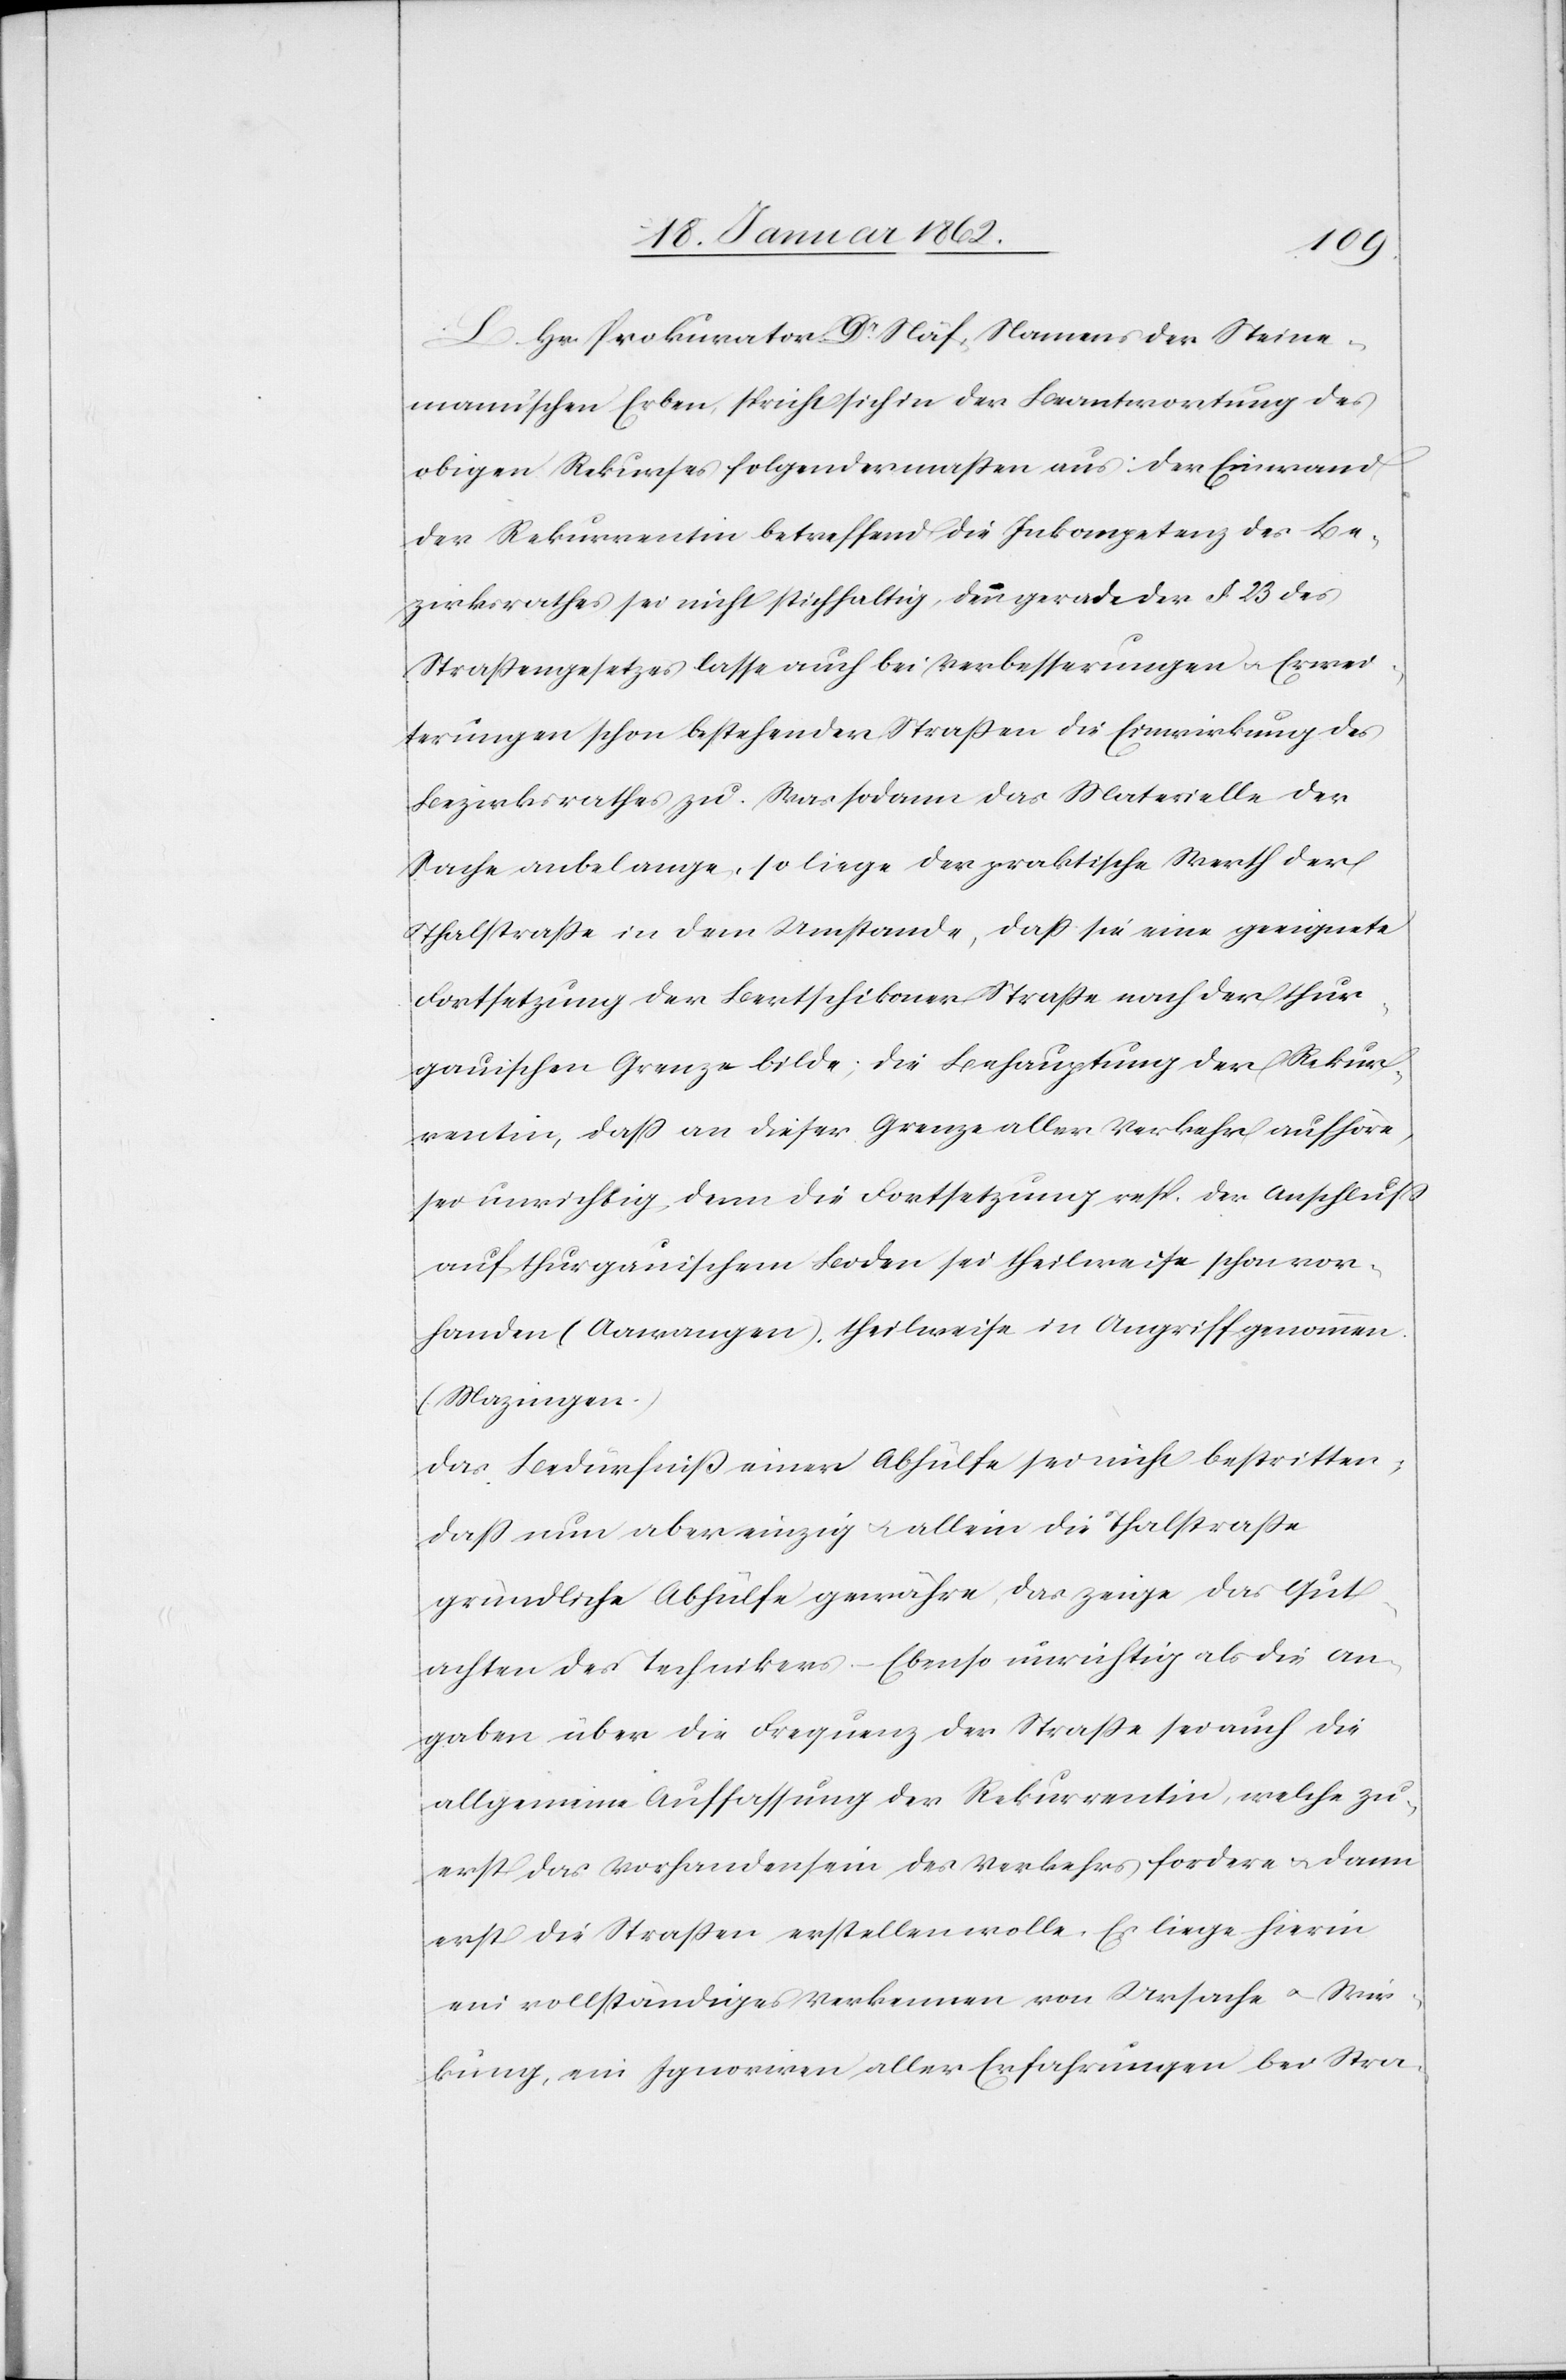
L. Hr. Prokurator Dr. Näf, Namens der Steine¬
mann’schen Erben, spricht sich in der Beantwortung des
obigen Rekurses folgendermaßen aus: Der Einwand
der Rekurrentin betreffend die Inkompetenz des Be¬
zirksrathes sei nicht stichhaltig, denn gerade der § 23 des
Straßengesetzes lasse auch bei Verbesserungen u. Erwei¬
terungen schon bestehender Straßen die Einwirkung des
Bezirksrathes zu. Was sodann das Materielle der
Sache anbelange, so liege der praktische Werth der
Thalstraße in dem Umstande, daß sie eine geeignete
Fortsetzung der Bertschikoner Straße nach der thur¬
gauischen Grenze bilde; die Behauptung der Rekur¬
rentin, daß an dieser Grenze aller Verkehr aufhöre,
sei unrichtig, denn die Fortsetzung resp. Anschluß
auf thurgauischem Boden sei theilweise schon vor¬
handen (Aawangen), theilweise in Angriff genommen
(Mazingen.)
Das Bedürfniß einer Abhülfe sei nicht bestritten;
daß nun aber einzig u. allein die Thalstraße
gründliche Abhülfe gewähre, das zeige das Gut¬
achten des Technikers. – Ebenso unrichtig als die An¬
gaben über die Frequenz der Straße sei auch die
allgemeine Auffassung der Rekurrentin, welche zu¬
erst das Vorhandensein des Verkehrs fordere u. dann
erst die Straßen erstellen wolle. Es liege hierin
ein vollständiges Verkennen von Ursache u. Wir¬
kung, ein Ignoriren aller Erfahrungen bei Stra-